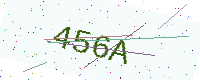
Text: 456A